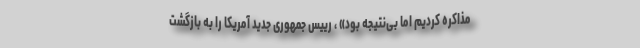
مذاکره کردیم اما بی‌نتیجه بود» ، رییس جمهوری جدیدِ آمریکا را به بازگشت